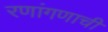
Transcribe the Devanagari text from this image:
रणांगणाची